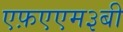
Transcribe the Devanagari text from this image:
एफ़एएम३बी